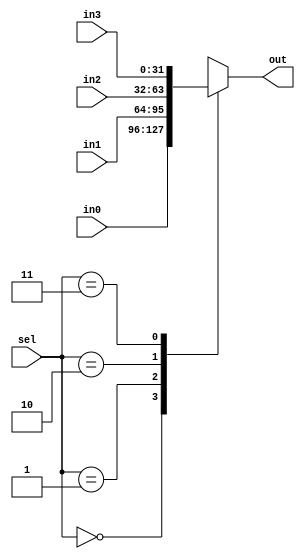
module MUX32bit_4in
(
    input [1:0] sel,
    input [31:0] in0,
    input [31:0] in1,
    input [31:0] in2,
    input [31:0] in3,
    output reg [31:0] out
);

always @(*) begin
    case(sel)
        2'b00: out <= in0;
        2'b01: out <= in1;
        2'b10: out <= in2;
        2'b11: out <= in3;
        default:out <= 0;
    endcase
end

endmodule